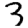
Digit: 3